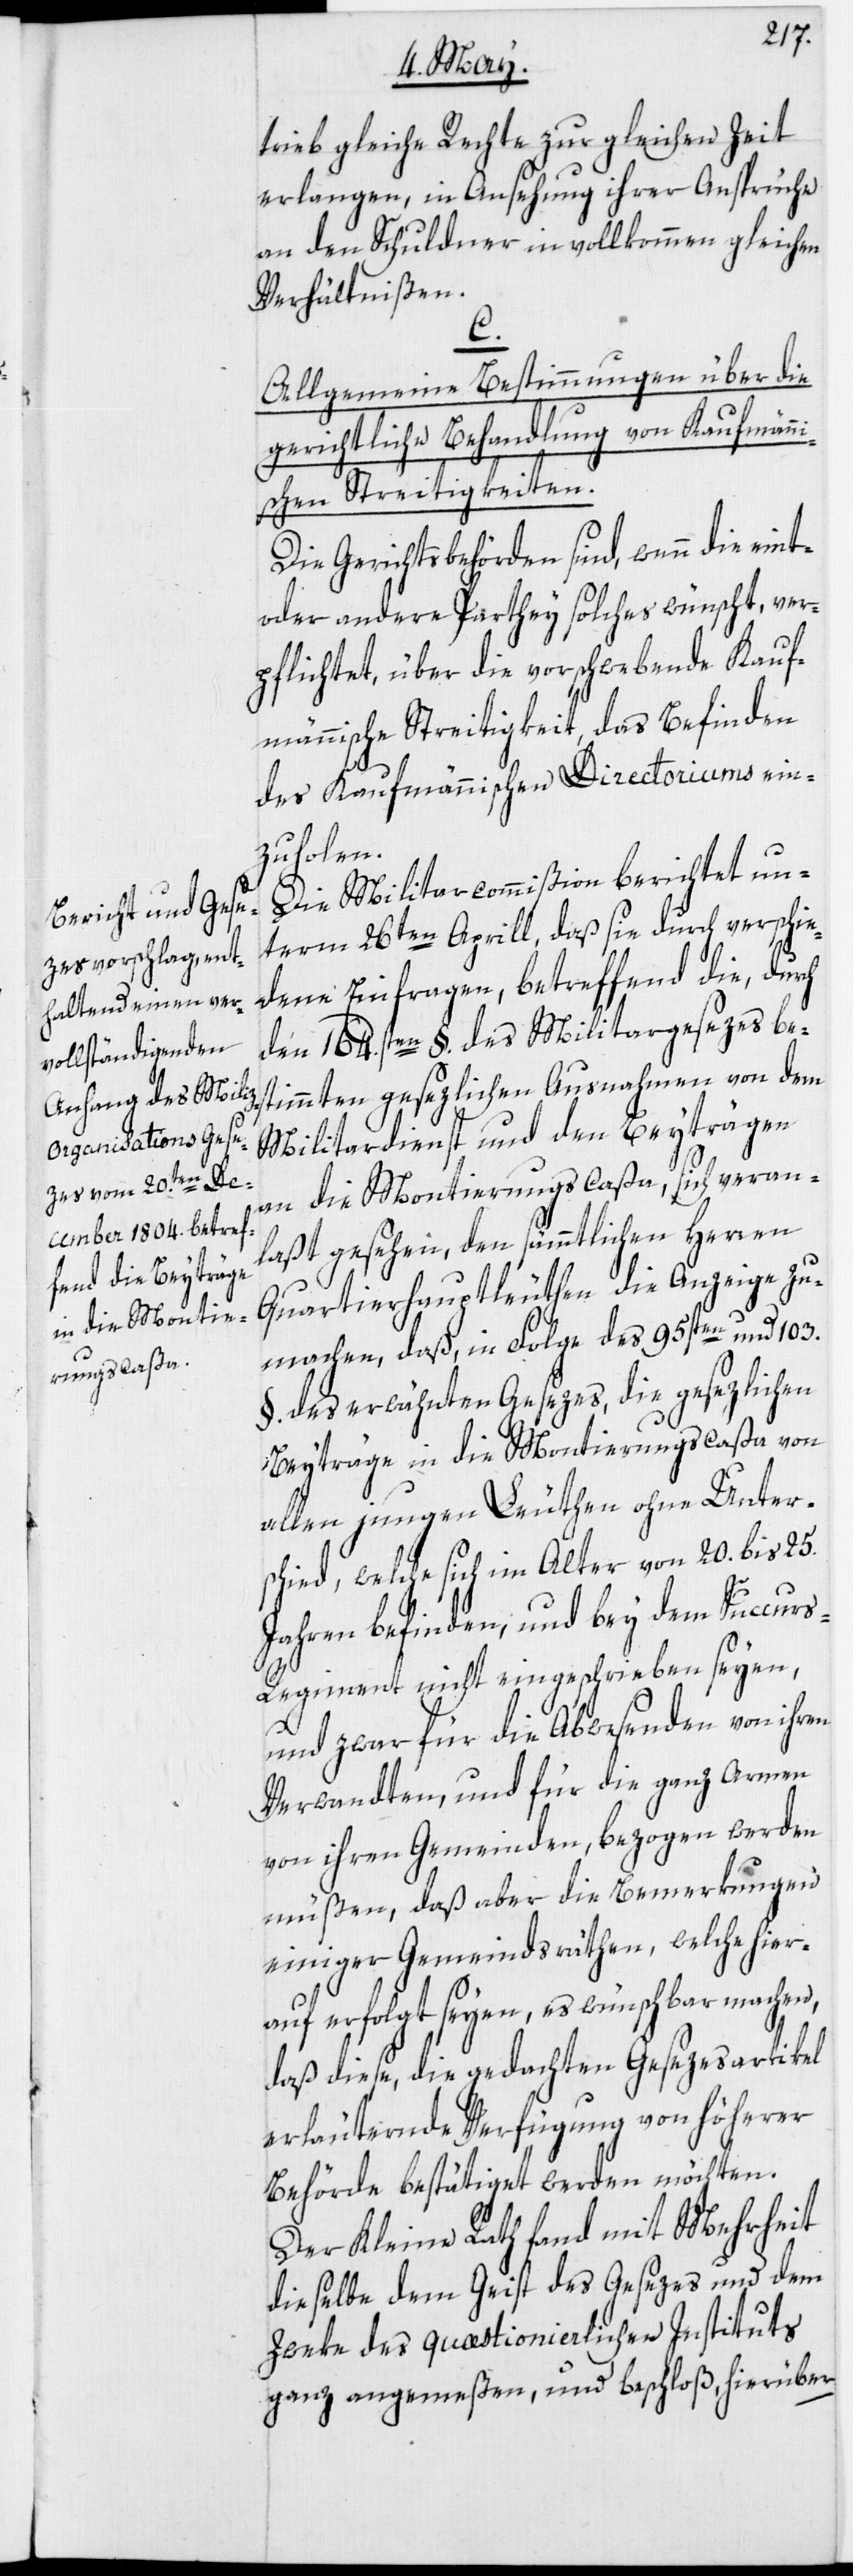
trieb gleiche Rechte zur gleichen Zeit
erlangen, in Ansehung ihrer Ansprüche
an den Schuldner in vollkommen gleichen
Verhältnißen.
C.
Allgemeine Bestimmungen über die
gerichtliche Behandlung von Kaufmänni¬
schen Streitigkeiten.
Die Gerichtsbehörden sind, wenn die eint-
oder andere Parthey solches wünscht, ver¬
pflichtet, über die vorschwebende Kauf¬
männische Streitigkeit, das Befinden
des Kaufmännischen Directoriums ein¬
zuholen.
Die Militarcommißion berichtet un¬
term 26ten Aprill, daß sie durch verschie¬
dene Einfragen, betreffend die, durch
den 164.sten §. des Militargesezes be¬
stimmten gesezlichen Ausnahmen von dem
Militardienst und den Beyträgen
an die Montierungscaßa, sich veran¬
laßt gesehen, den sämmtlichen Herren
Quartierhauptleuthen die Anzeige zu
machen, daß, in Folge des 95sten und 103.
§. des erwähnten Gesezes, die gesezlichen
Beyträge in die Montierungscaßa von
allen jungen Leuthen ohne Unters¬
chied, welche sich im Alter von 20. bis 25.
Jahren befinden, und bey dem Succur¬
s-Regiment nicht eingeschrieben seyen,
und zwar für die Abwesenden von ihren
Verwandten, und für die ganz Armen
von ihren Gemeinden, bezogen werden
müßen, daß aber die Bemerkungen
einiger Gemeindsräthen, welche hier¬
auf erfolgt seyen, es wünschbar machen,
daß diese, die gedachten Gesezesartikel
erläuternde Verfügung von höherer
Behörde bestätiget werden möchten.
Der Kleine Rath fand mit Mehrheit
dieselbe dem Geist des Gesezes und dem
Zweke des quæstionierlichen Instituts
ganz angemeßen, und beschloß, hierüber